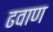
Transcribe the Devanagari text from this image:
ढवाण